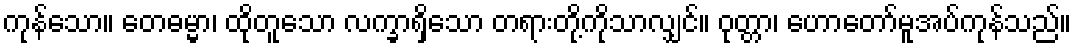
ကုန်သော။ တေဓမ္မာ၊ ထိုတူသော လက္ခာရှိသော တရားတို့ကိုသာလျှင်။ ဝုတ္တာ၊ ဟောတော်မူအပ်ကုန်သည်။